Bréfritari: Sigríður Pálsdóttir
Viðtakandi: Páll Pálsson
Dagsetning: A-1863-07-25
Skrifað á: Breiðabólsstað  Rang.
Páll var bróðir Sigríðar

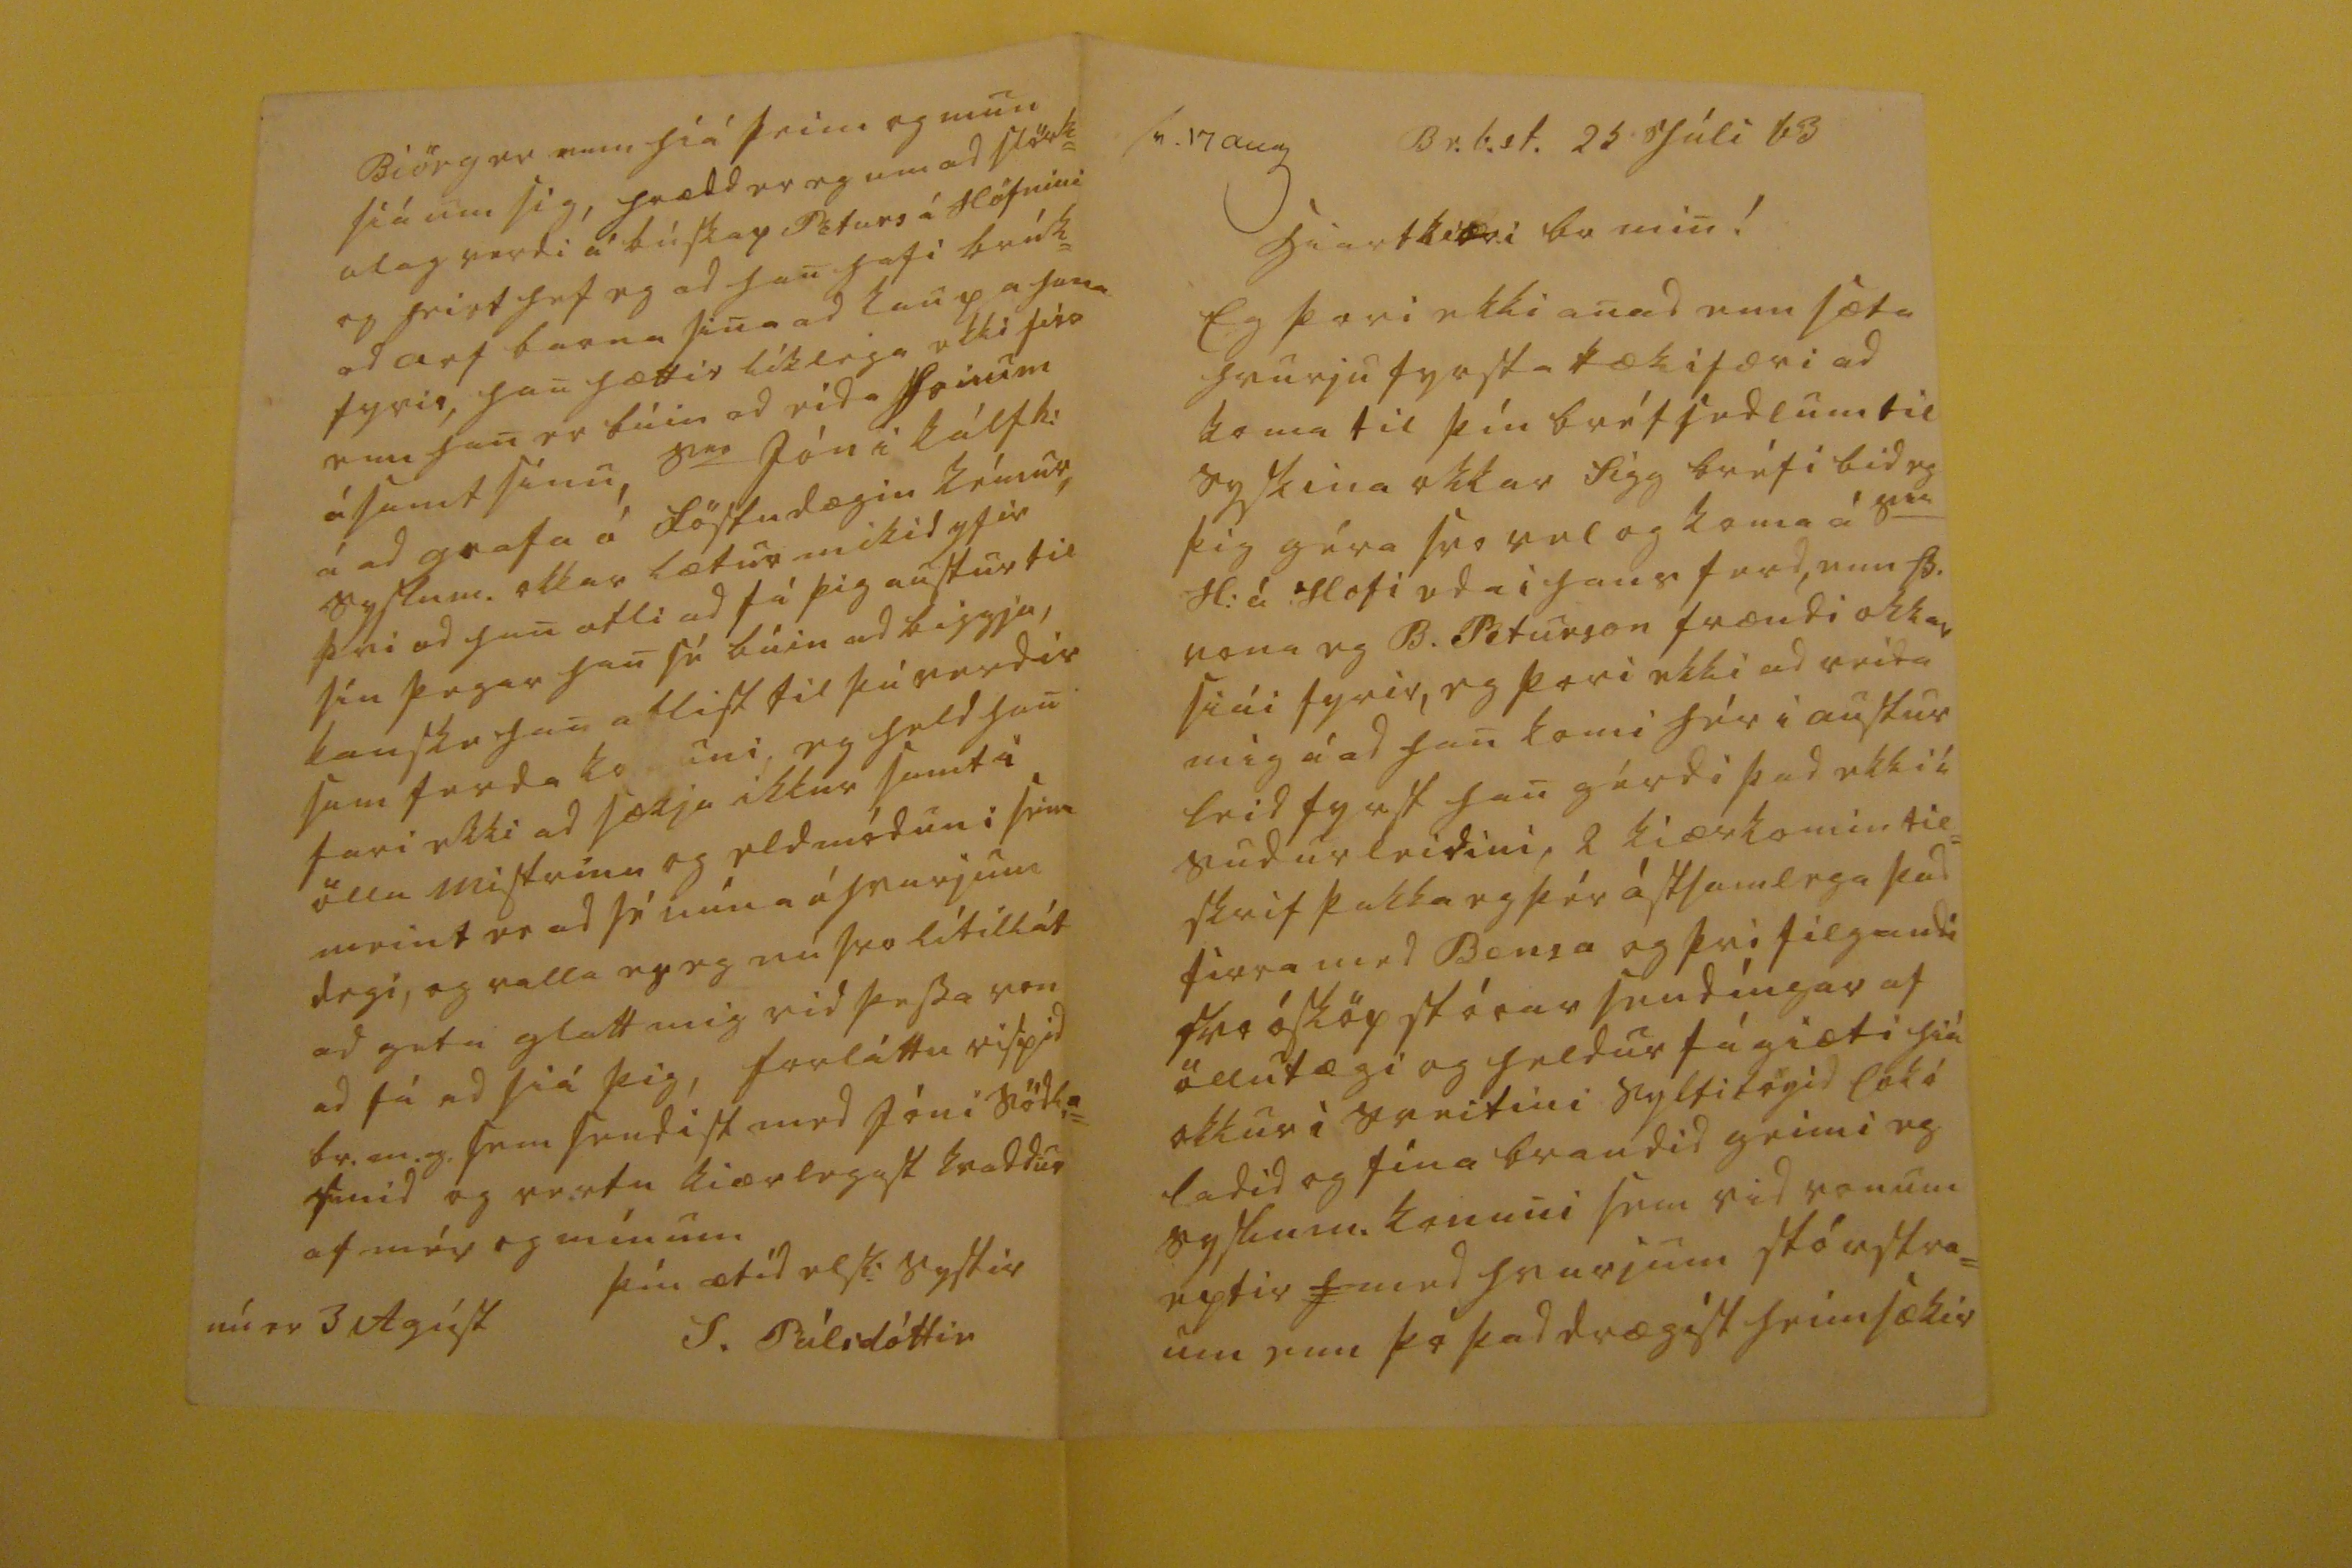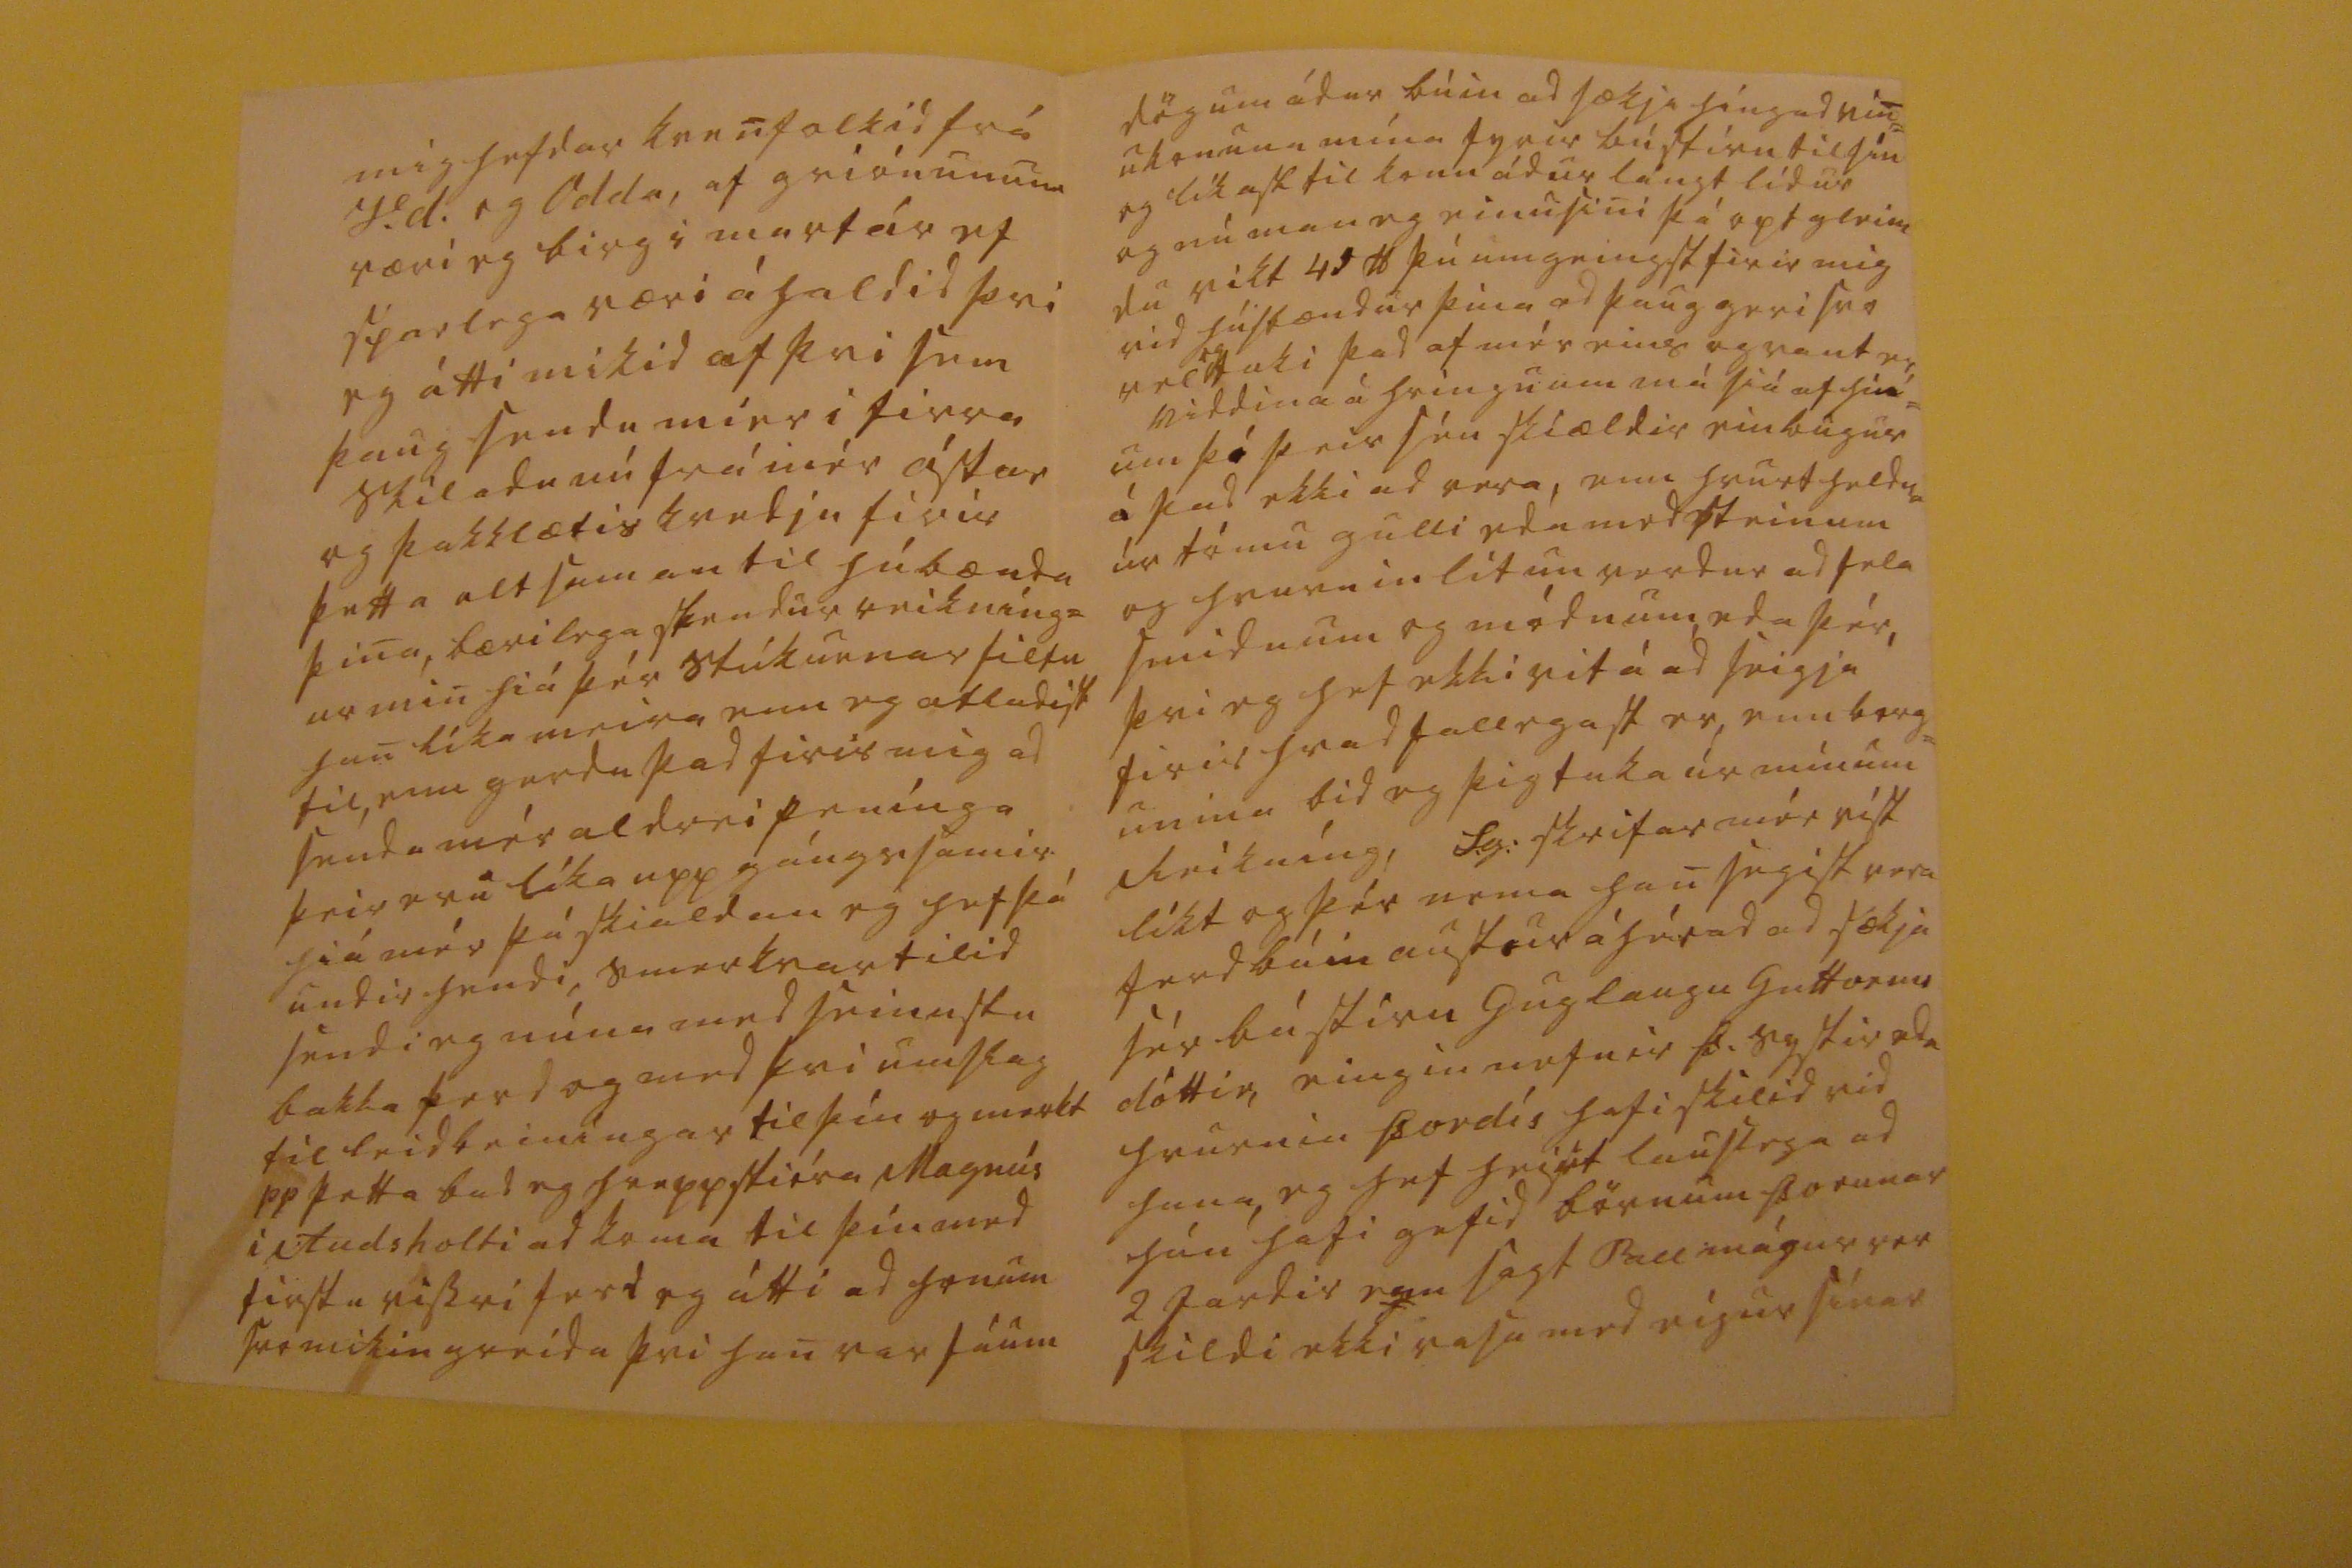

sv. 17 aug
Br.b.st. 25 Júli 63
hiartkiæri br min!
Eg þori ekki anad enn sæta hvurju fyrsta tækifæri ad koma til þín bréfsedlum til syskina okkar Sigg bréfi bid eg þig géra svo vel og koma á s
ra
H: á Hofi eda i hans ferd, enn B. vona eg B. Peturson frændi okkar siái fyrir, eg þori ekki ad reida mig á ad han komi hér i austur leid fyrst han gérdi þad ekki í sudur leidini, 2 kiærkomin til= skrif þakka eg þér ástsamlega þad firra med Bensa og þvi filgandi svo ósköp stórar sendíngar af öllu tægi og heldur fágiæti hiá okkur i sveitini
syltilögid lak á ladid
og fína braudid geimi eg syslum. konuni sem vid vonum eptir
h
med hvurjum stórstra= um enn þó þad drægist heimsækir
mig hefdar kvenfolkid frá V.d. og Odda, af griónunum væri eg birg i mart ár ef sparlega væri áhaldid þvi eg átti mikid af þvi sem þaug sendu mier i firra skiladu nú frá mér ástar og þakklætis kvedju firir þetta alt saman til húbænda þina, bærilega stendur reikníng= ur min hiá þér stúkurnar filtu han líka meira enn eg atladist til, enn gerdu þad firir mig ad senda mér aldrei penínga þeir eru líka upp gángssamir hiá mér þá skialdan eg hef þá undir hendi, smerkvartilid sendi eg núna med seinustu bakka ferd og med þvi umslag til leidbeiníngar til þín og merkt pp þetta bad eg hreppstióra Magnús i Audsholti ad koma til þín med firstu vissri ferd eg átti ad honum svo mikin greida þvi han var fáum
nú er 3 Agúst
Biörg er enn hiá þeim og mun siá um sig, hrædd er eg um ad slörk= ulag verdi á búskap Péturs á Höfnini og heirt hef eg ad han hafi brúk= ad arf barna sina ad kaupa hana fyrir, han hættir líklega ekki firr enn han er búin ad eida honum ásamt sínu, s
00
Jón i kálfh: á ad grafa á föstudægin kémur, syslum. okkar lætur mikid yfir þvi ad han atli ad fá þig austur til sín þegar han sé búin ad biggja, kanske han atlist til þú verdir sem ferda
ko00uni
, eg held han fari ekki ad sækja ikkur samt i öllu mistrinu og eldmódun i sem meint er ad sé núna á hvurjum degi, og valla er eg nú svo lítillát ad geta glatt mig vid þessa von ad fá ad siá þig, forláttu rispid br.m.g. sem sendist med Jóni Södl:= smid og vertu kiærlegast kvaddur af mér og mínum
þín ætíd elsk: systir
S. Pálsdóttir